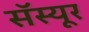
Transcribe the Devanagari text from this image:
सॅस्यूर